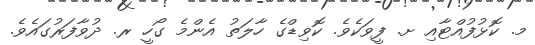
މ. ކޮޅުފުއްޓާއި ށ. ފީވަކެވެ. ކޮވިޑްގެ ހާލަތު އެންމެ ގޯހީ ރ. ދުވާފަރުގައެވެ.